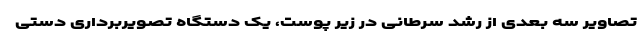
تصاویر سه بعدی از رشد سرطانی در زیر پوست، یک دستگاه تصویربرداری دستی